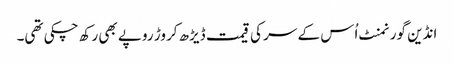
انڈین گورنمنٹ اُس کے سر کی قیمت ڈیڑھ کروڑ روپے بھی رکھ چکی تھی۔